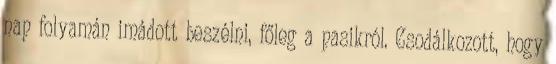
nap folyamán imádott beszélni, főleg a pasikról. Csodálkozott, hogy